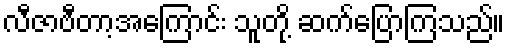
လီဇာဗီတာ့အကြောင်း သူတို့ ဆက်ပြောကြသည်။